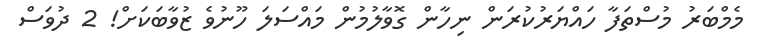
މެމްބަރު މުސްތަފާ ހައްޔަރުކުރަން ނިހާން ގޮވާލުމުން މައްސަލަ ހޫނުވެ ޒުވާބަކަށް! 2 ދުވަސް